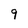
Character: 9